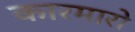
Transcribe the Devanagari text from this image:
कारमारो